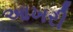
આખરી